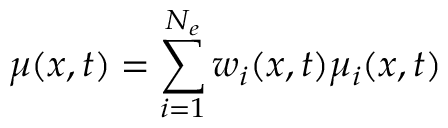
\mu ( x , t ) = \sum _ { i = 1 } ^ { N _ { e } } w _ { i } ( x , t ) \mu _ { i } ( x , t )